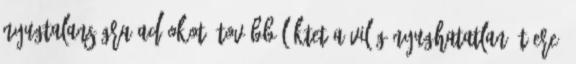
nyugtalanságra ad okot, tovább lüktet a világ nyughatatlan ütőere.